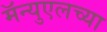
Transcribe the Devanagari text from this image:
मॅन्युएलच्या